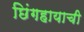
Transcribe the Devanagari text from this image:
छिंगहायाची